Civil Veterinary Department ledger series I-VI
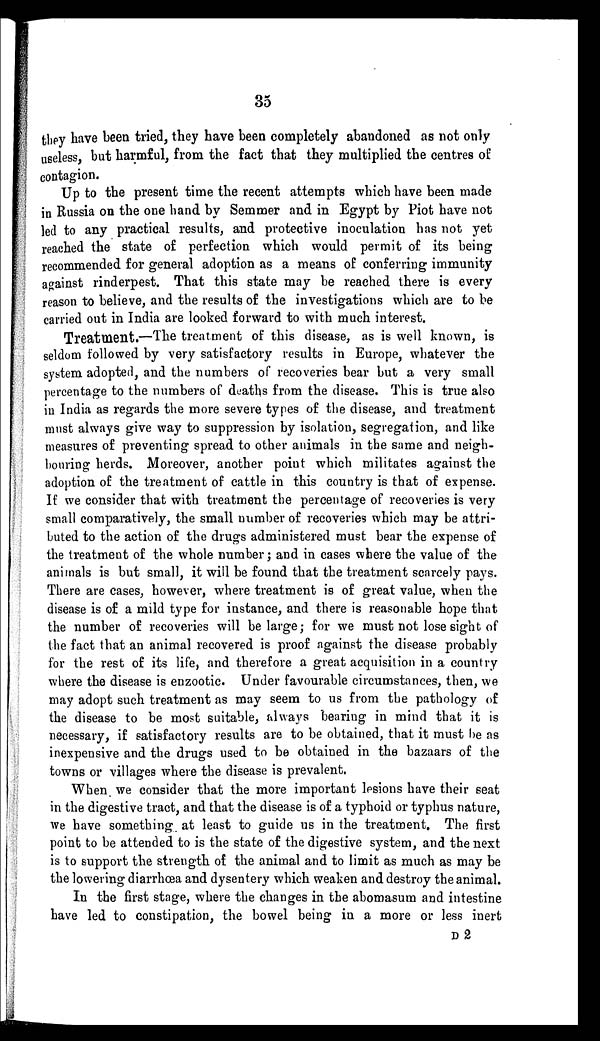
35
they have been tried, they have been completely abandoned as not only
useless, but harmful, from the fact that they multiplied the centres of
contagion.
Up to the present time the recent attempts which have been made
in Russia on the one hand by Semmer and in Egypt by Piot have not
led to any practical results, and protective inoculation has not yet
reached the state of perfection which would permit of its being
recommended for general adoption as a means of conferring immunity
against rinderpest. That this state may be reached there is every
reason to believe, and the results of the investigations which are to be
carried out in India are looked forward to with much interest.
Treatment.—The treatment of this disease, as is well known, is
seldom followed by very satisfactory results in Europe, whatever the
system adopted, and the numbers of recoveries bear but a very small
percentage to the numbers of deaths from the disease. This is true also
in India as regards the more severe types of the disease, and treatment
must always give way to suppression by isolation, segregation, and like
measures of preventing spread to other animals in the same and neigh-
bouring herds. Moreover, another point which militates against the
adoption of the treatment of cattle in this country is that of expense.
If we consider that with treatment the percentage of recoveries is very
small comparatively, the small number of recoveries which may be attri-
buted to the action of the drugs administered must bear the expense of
the treatment of the whole number; and in cases where the value of the
animals is but small, it will be found that the treatment scarcely pays.
There are cases, however, where treatment is of great value, when the
disease is of a mild type for instance, and there is reasonable hope that
the number of recoveries will be large; for we must not lose sight of
the fact that an animal recovered is proof against the disease probably
for the rest of its life, and therefore a great acquisition in a country
where the disease is enzootic. Under favourable circumstances, then, we
may adopt such treatment as may seem to us from the pathology of
the disease to be most suitable, always bearing in mind that it is
necessary, if satisfactory results are to be obtained, that it must be as
inexpensive and the drugs used to be obtained in the bazaars of the
towns or villages where the disease is prevalent.
When we consider that the more important lesions have their seat
in the digestive tract, and that the disease is of a typhoid or typhus nature,
we have something at least to guide us in the treatment. The first
point to be attended to is the state of the digestive system, and the next
is to support the strength of the animal and to limit as much as may be
the lowering diarrhœa and dysentery which weaken and destroy the animal.
In the first stage, where the changes in the abomasum and intestine
have led to constipation, the bowel being in a more or less inert
D 2